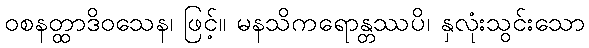
ဝစနတ္ထာဒိဝသေန၊ ဖြင့်။ မနသိကရောန္တဿပိ၊ နှလုံးသွင်းသော